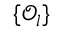
\{ \mathcal { O } _ { l } \}